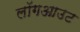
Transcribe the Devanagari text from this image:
लॉगआउट